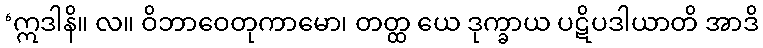
‘ဣဒါနိ။ လ။ ဝိဘာဝေတုကာမော၊ တတ္ထ ယေ ဒုက္ခာယ ပဋိပဒါယာတိ အာဒိ